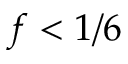
f < 1 / 6